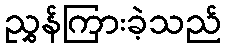
ညွှန်ကြားခဲ့သည်